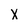
Character: X